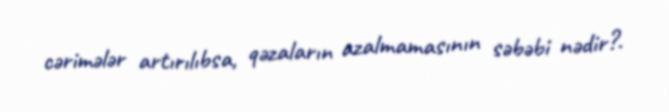
cərimələr artırılıbsa, qəzaların azalmamasının səbəbi nədir?.